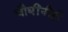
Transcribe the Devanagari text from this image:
चौघींनीही